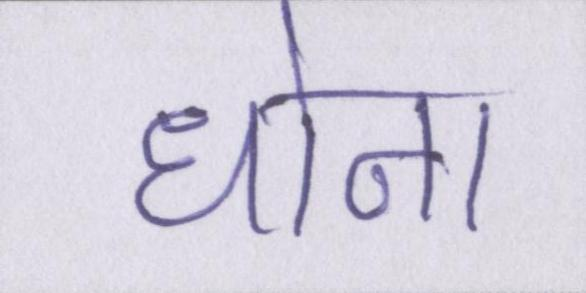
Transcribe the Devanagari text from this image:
धोना